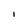
Character: I